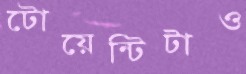
টোয়েন্টিটাও